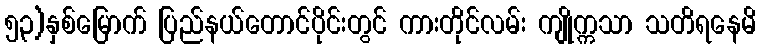
၅၃)နှစ်မြောက် ပြည်နယ်တောင်ပိုင်းတွင် ကားတိုင်လမ်း ကျိုက္ကသာ သတိရနေမိ